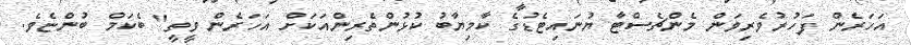
އަހަރެން ފަހުރުވެރިވަން މެންޗެސްޓާ ޔުނައިޓެޑުގެ ކާމިޔާބު ކުޅުންތެރިންއަކަށް އަަހަރެން ވީތީ" ބެކަމް ބުންޏެވެ.